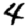
Digit: 4